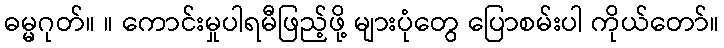
ဓမ္မဂုတ်။ ။ ကောင်းမှုပါရမီဖြည့်ဖို့ များပုံတွေ ပြောစမ်းပါ ကိုယ်တော်။